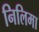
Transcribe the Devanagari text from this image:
निलिमा